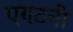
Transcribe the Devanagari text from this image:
एण्टनी